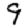
Digit: 9